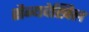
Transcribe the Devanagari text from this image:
सैन्यदेखिल